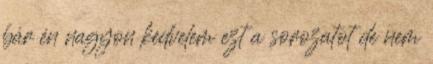
bár én nagyon kedvelem ezt a sorozatot de nem